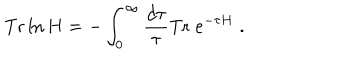
\mathrm { T r } \ln H = - \int _ { 0 } ^ { \infty } { \frac { d \tau } { \tau } } \mathrm { T r } \; e ^ { - \tau H } \; .